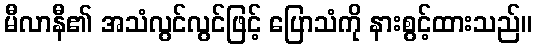
မီလာနီ၏ အသံလွင်လွင်ဖြင့် ပြောသံကို နားစွင့်ထားသည်။